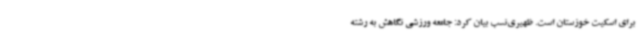
برای اسکیت خوزستان است. ظهیری‌نسب بیان کرد: جامعه ورزشی نگاهش به رشته